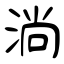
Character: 淌